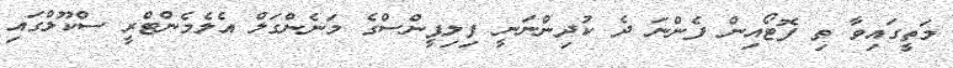
މަތީގައިވާ ތި ފޮޓޯއިން ފެންނަ ދެ ކުދިންނަނީ ފިލިޕީންސްގެ މަނެންގަލް އެލެމެންޓްރީ ސްކޫލްގައި